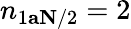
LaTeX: {n_{1\le a\le N/2}=2}